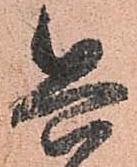
兵